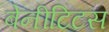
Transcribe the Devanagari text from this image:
बेनीटिटस